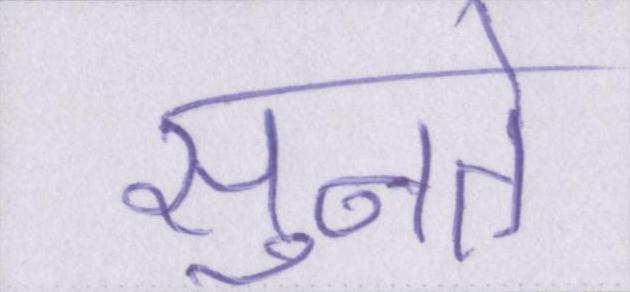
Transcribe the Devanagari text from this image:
सुनते